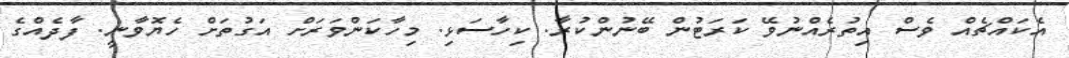
އެކައްޗެއް ވެސް އިތުރެއްނުވޭ ކަރަޓުން ބޭނުންކުރާ. ކިހާސަޅި. މިހާކަންވަރަށް އަގުތަށް ހެޔޮވާނީ. ފާދެއްގެ